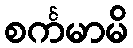
စင်္ကမာမိ